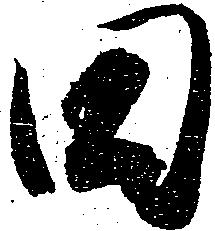
田